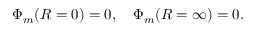
\Phi _ { m } ( R = 0 ) = 0 , \quad \Phi _ { m } ( R = \infty ) = 0 .